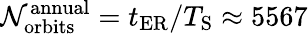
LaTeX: \mathcal{N}_{\mathrm{{orbits}}}^{\mathrm{{annual}}}=t_{\mathrm{{ER}}}/T_{\mathrm{{S}}}\approx5567